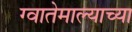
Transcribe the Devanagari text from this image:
ग्वातेमाल्याच्या